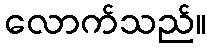
လောက်သည်။